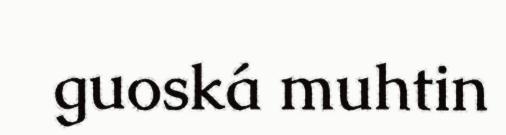
guoská muhtin